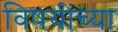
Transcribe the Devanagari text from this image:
विषयींच्या